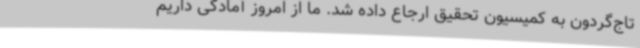
تاج‌گردون به کمیسیون تحقیق ارجاع داده شد. ما از امروز آمادگی داریم